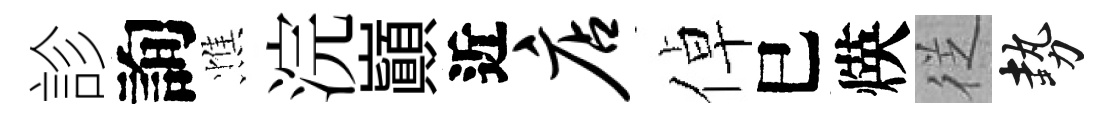
診詢憔浣巔近店倬巳煐徔勢